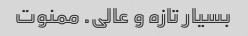
بسیار تازه و عالی. ممنوت